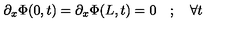
\partial _ { x } \Phi ( 0 , t ) = \partial _ { x } \Phi ( L , t ) = 0 \quad ; \quad \forall t